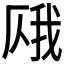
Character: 𫨎